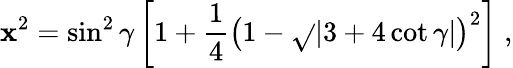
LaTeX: \mathbf{x}^{2}=\sin^{2}\gamma\left[1+\frac{{1}}{{4}}\left(1-\sqrt{}{{\left|3+4\, \mathrm{{cot}}\, \gamma\right|}}\right)^{2}\right]\; ,